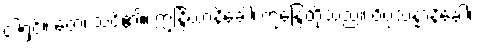
ငါ့ရှင်။ တေ၊ သင်၏။ ဣန္ဒြိယာနိခေါ၊ ဣန္ဒြေတို့သည်။ ဝိပ္ပသန္နာနိခေါ၊